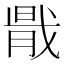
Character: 𢧠